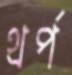
থর্প